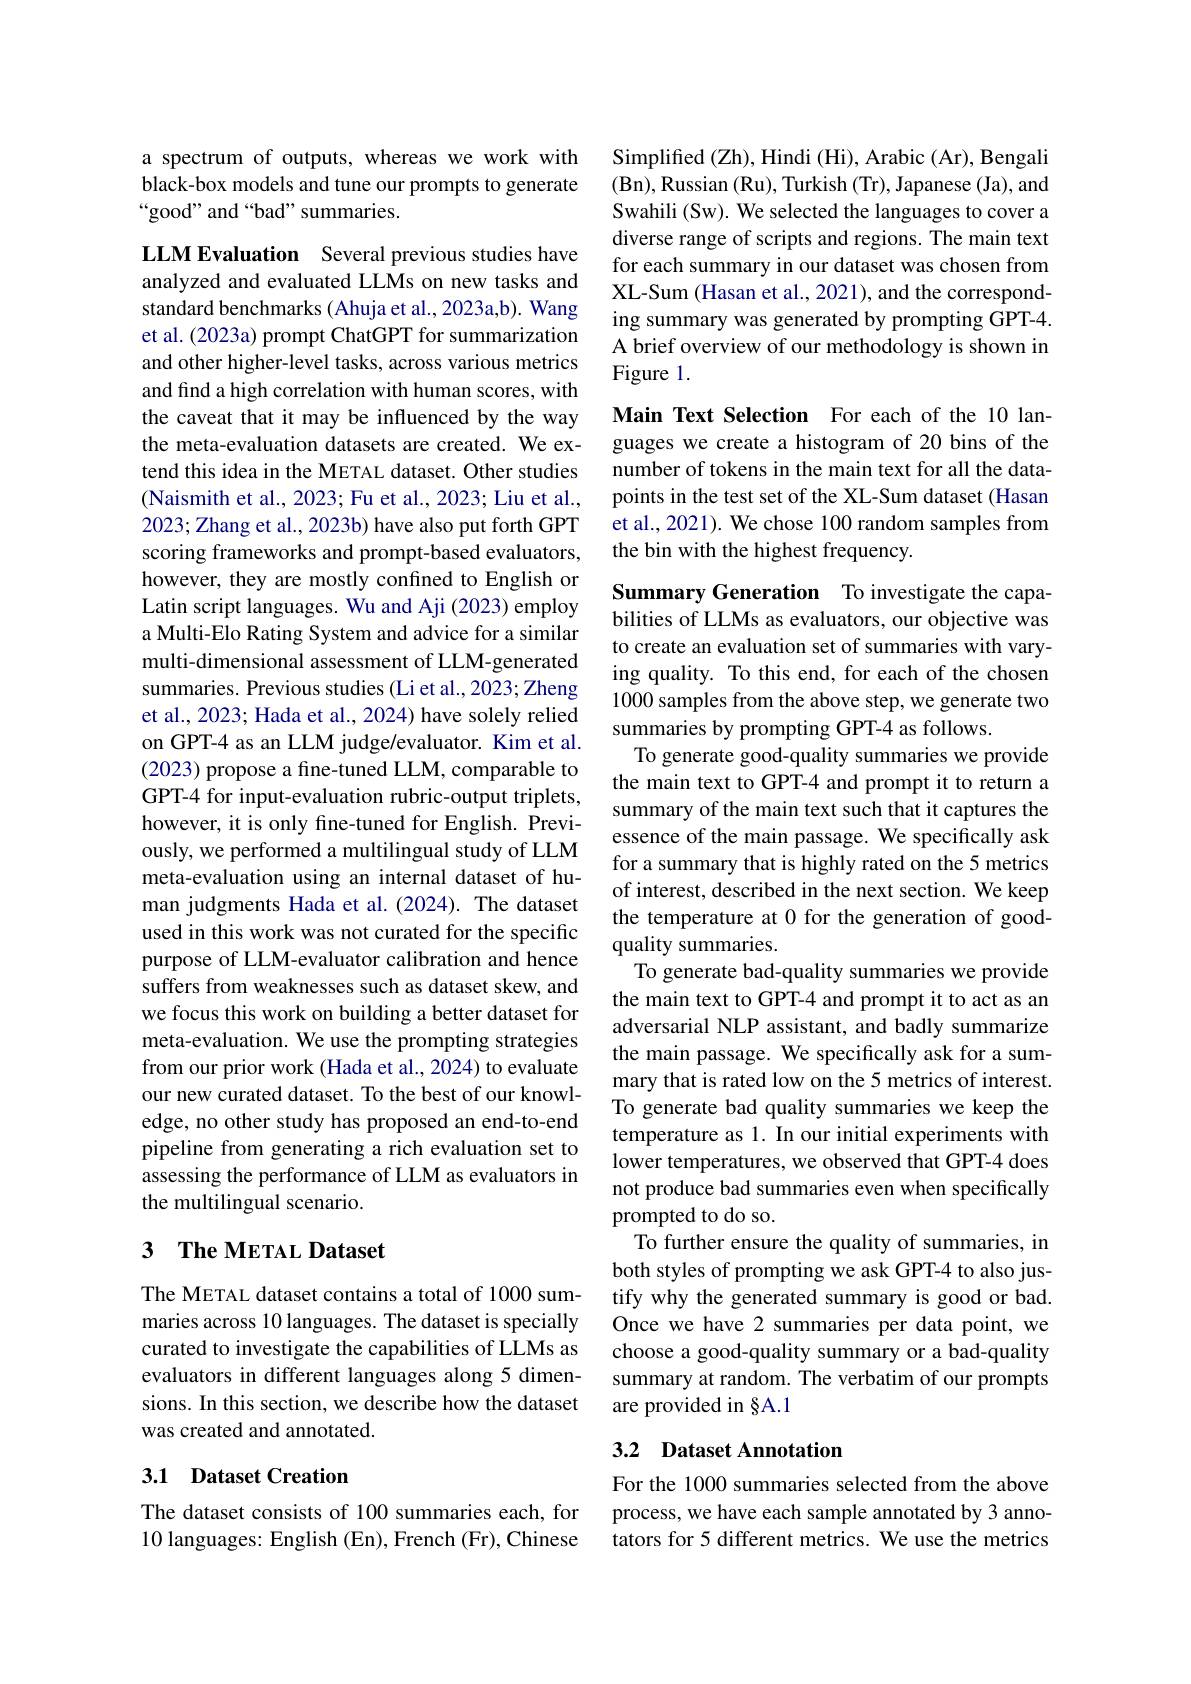
a spectrum of outputs, whereas we work with black-box models and tune our prompts to generate “good” and“bad” summaries.

LLM Evaluation Several previous studies have analyzed and evaluated LLMs on new tasks and standard benchmarks (Ahuja et al., 2023a,b). Wang et al. (2023a) prompt ChatGPT for summarization and other higher-level tasks, across various metrics and find a high correlation with human scores, with the caveat that it may be influenced by the way the meta-evaluation datasets are created. We extend this idea in the METAL dataset. Other studies (Naismith et al., 2023; Fu et al., 2023; Liu et al., 2023; Zhang et al., 2023b) have also put forth GPT scoring frameworks and prompt-based evaluators, however, they are mostly confined to English or Latin script languages. Wu and Aji (2023) employ a Multi-Elo Rating System and advice for a similar multi-dimensional assessment of LLM-generated summaries. Previous studies (Li et al., 2023; Zheng et al., 2023; Hada et al., 2024) have solely relied on GPT-4 as an LLM judge/evaluator. Kim et al. (2023) propose a fine-tuned LLM, comparable to GPT-4 for input-evaluation rubric-output triplets, however, it is only fine-tuned for English. Previously, we performed a multilingual study of LLM meta-evaluation using an internal dataset of human judgments Hada et al.(2024). The dataset used in this work was not curated for the specific purpose of LLM-evaluator calibration and hence suffers from weaknesses such as dataset skew, and we focus this work on building a better dataset for meta-evaluation. We use the prompting strategies from our prior work (Hada et al., 2024) to evaluate our new curated dataset. To the best of our knowledge, no other study has proposed an end-to-end pipeline from generating a rich evaluation set to assessing the performance of LLM as evaluators in the multilingual scenario.

## 3 $\textbf{The METAL Dataset}$

The METAL dataset contains a total of 1000 summaries across 10 languages. The dataset is specially curated to investigate the capabilities of LLMs as evaluators in different languages along 5 dimensions. In this section, we describe how the dataset was created and annotated.

# 3.1 Dataset Creation

The dataset consists of 100 summaries each, for 10 languages: English (En), French (Fr), Chinese

Simplified (Zh), Hindi (Hi), Arabic ( Ar), Bengali (Bn),Russian (Ru), Turkish (Tr), Japanese (Ja), and Swahili (Sw). We selected the languages to cover a diverse range of scripts and regions. The main text for each summary in our dataset was chosen from XL-Sum (Hasan et al., 2021), and the corresponding summary was generated by prompting GPT-4. A brief overview of our methodology is shown in Figure 1.

Main Text Selection For each of the 10 languages we create a histogram of 20 bins of the number of tokens in the main text for all the datapoints in the test set of the XL-Sum dataset (Hasan et al., 2021). We chose 100 random samples from the bin with the highest frequency.

Summary Generation To investigate the capabilities of LLMs as evaluators, our objective was to create an evaluation set of summaries with varying quality. To this end, for each of the chosen 1000 samples from the above step, we generate two summaries by prompting GPT-4 as follows.
To generate good-quality summaries we provide the main text to GPT-4 and prompt it to return a summary of the main text such that it captures the essence of the main passage. We specifically ask for a summary that is highly rated on the 5 metrics of interest, described in the next section. We keep the temperature at 0 for the generation of goodquality summaries.
To generate bad-quality summaries we provide the main text to GPT-4 and prompt it to act as an adversarial NLP assistant, and badly summarize the main passage. We specifically ask for a summary that is rated low on the 5 metrics of interest. To generate bad quality summaries we keep the temperature as 1. In our initial experiments with lower temperatures, we observed that GPT-4 does not produce bad summaries even when specifically prompted to do so.
To further ensure the quality of summaries, in both styles of prompting we ask GPT-4 to also justify why the generated summary is good or bad. Once we have 2 summaries per data point, we choose a good-quality summary or a bad-quality summary at random. The verbatim of our prompts are provided in §A.1

# 3.2 Dataset Annotation

For the 1000 summaries selected from the above process, we have each sample annotated by 3 annotators for 5 different metrics. We use the metrics